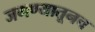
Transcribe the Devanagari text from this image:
जगण्यातूनच